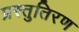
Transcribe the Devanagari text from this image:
प्रस्तुतिरण